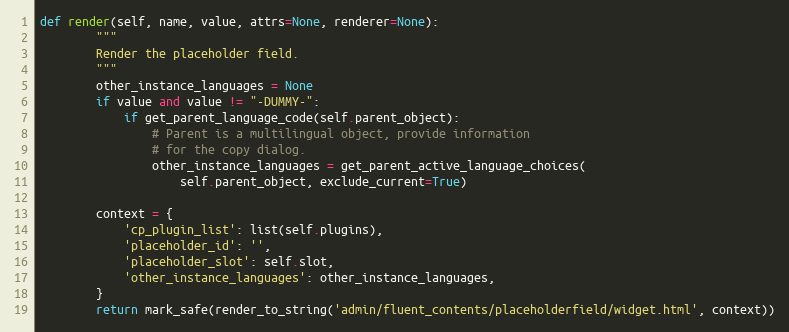
Language: Python
def render(self, name, value, attrs=None, renderer=None):
        """
        Render the placeholder field.
        """
        other_instance_languages = None
        if value and value != "-DUMMY-":
            if get_parent_language_code(self.parent_object):
                # Parent is a multilingual object, provide information
                # for the copy dialog.
                other_instance_languages = get_parent_active_language_choices(
                    self.parent_object, exclude_current=True)

        context = {
            'cp_plugin_list': list(self.plugins),
            'placeholder_id': '',
            'placeholder_slot': self.slot,
            'other_instance_languages': other_instance_languages,
        }
        return mark_safe(render_to_string('admin/fluent_contents/placeholderfield/widget.html', context))